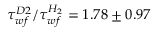
\tau _ { w f } ^ { D 2 } / \tau _ { w f } ^ { H _ { 2 } } = 1 . 7 8 \pm 0 . 9 7